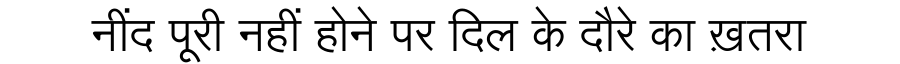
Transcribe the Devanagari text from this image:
नींद पूरी नहीं होने पर दिल के दौरे का ख़तरा